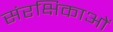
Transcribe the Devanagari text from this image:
संरक्षिकाओं